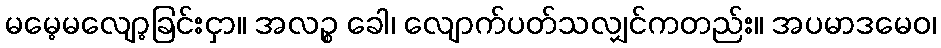
မမေ့မလျော့ခြင်းငှာ။ အလဉ္စ ခေါ၊ လျောက်ပတ်သလျှင်ကတည်း။ အပမာဒမေဝ၊